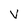
Character: V